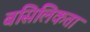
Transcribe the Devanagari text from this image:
बसिलिकता